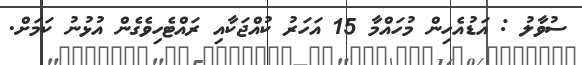
ސުވާލު : އަޑުއެހިން މުހައްމާ 15 އަހަރު ކުއްޖަކާއި ރައްޓެހިވެގެން އުޅުނު ކަމަށް.